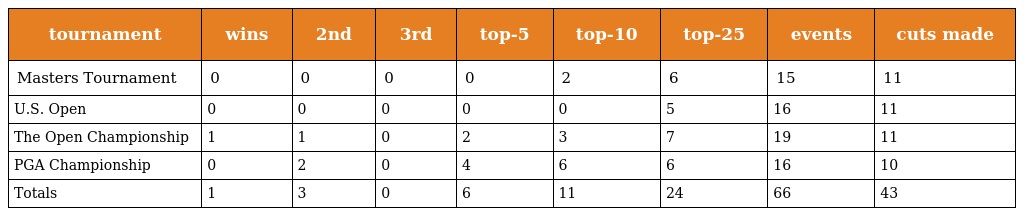
| tournament | wins | 2nd | 3rd | top-5 | top-10 | top-25 | events | cuts made |
 | --- | --- | --- | --- | --- | --- | --- | --- | --- |
 | Masters Tournament | 0 | 0 | 0 | 0 | 2 | 6 | 15 | 11 |
 | U.S. Open | 0 | 0 | 0 | 0 | 0 | 5 | 16 | 11 |
 | The Open Championship | 1 | 1 | 0 | 2 | 3 | 7 | 19 | 11 |
 | PGA Championship | 0 | 2 | 0 | 4 | 6 | 6 | 16 | 10 |
 | Totals | 1 | 3 | 0 | 6 | 11 | 24 | 66 | 43 |